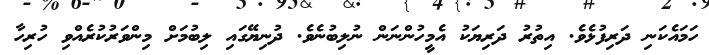
ހަމައެކަނި ދަރިފުޅެވެ. އިތުރު ދަރިޔަކު އެމީހުންނަން ނުލިބުނެވެ. ދުނިޔޭގައި ލިބުމަށް މިންވަރުކުރެއްވި ހުރިހާ